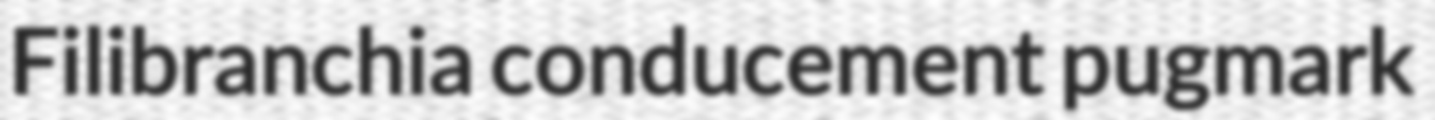
Filibranchia conducement pugmark